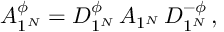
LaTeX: A _ { 1 ^ { N } } ^ { \phi } = D _ { 1 ^ { N } } ^ { \phi } \, A _ { 1 ^ { N } } \, D _ { 1 ^ { N } } ^ { - \phi } \, ,